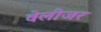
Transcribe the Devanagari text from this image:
वेलीजर